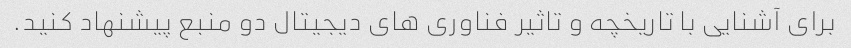
برای آشنایی با تاریخچه و تاثیر فناوری های دیجیتال دو منبع پیشنهاد کنید.